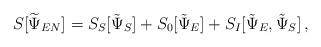
LaTeX: \begin{align*}S[\widetilde{\Psi}_{EN}]=S_S[\tilde \Psi_S]+S_0[\tilde\Psi_E]+S_I[\tilde \Psi_E, \tilde \Psi_S]\,,\end{align*}